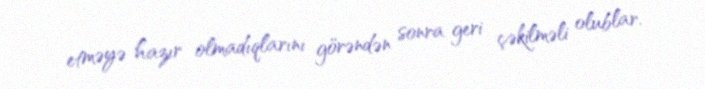
etməyə hazır olmadıqlarını görəndən sonra geri çəkilməli olublar.